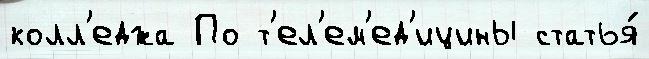
колл'еджа По т'ел'ем'ед'ицины статья́